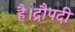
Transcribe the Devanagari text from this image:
है।द्रौपदी